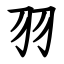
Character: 羽